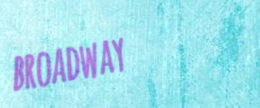
broadway